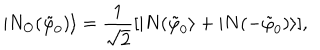
LaTeX: | N _ { O } ( \tilde { \varphi } _ { 0 } ) \rangle = \frac { 1 } { \sqrt { 2 } } [ | N ( \tilde { \varphi } _ { 0 } \rangle + | N ( - \tilde { \varphi } _ { 0 } ) \rangle ] ,